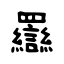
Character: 羉